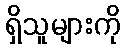
ရှိသူများကို